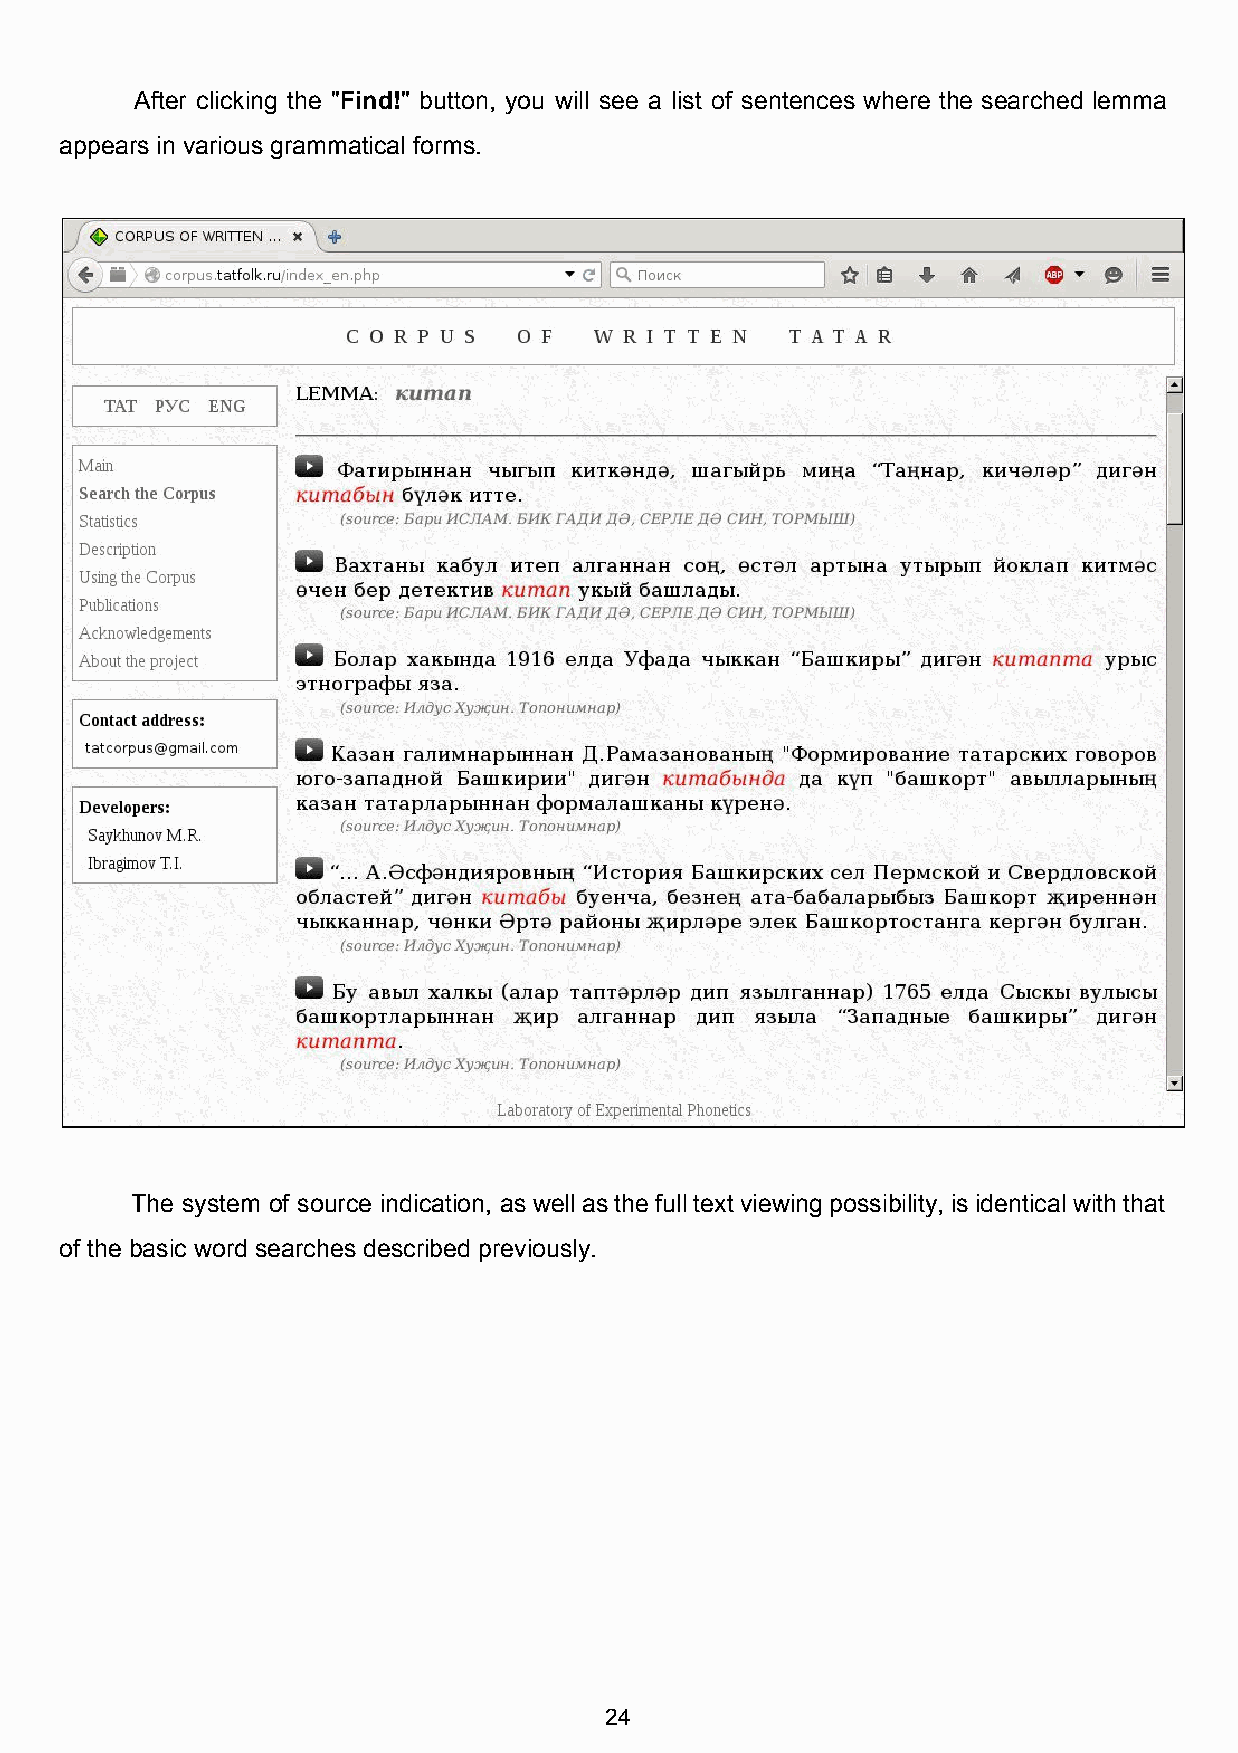
After clicking the "Find!" button, you will see a list of sentences where the searched lemma
 ​   ​
 appears in various grammatical forms.
 The system of source indication, as well as the full text viewing possibility, is identical with that
 of the basic word searches described previously.
 24